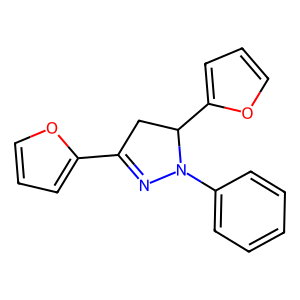
SMILES: c1ccc(N2N=C(c3ccco3)CC2c2ccco2)cc1
Inhibits HIV replication: No